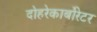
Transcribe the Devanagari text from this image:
दोहरेकार्बोरेटर